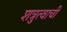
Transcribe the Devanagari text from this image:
शत्रुत्वाची